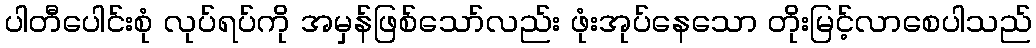
ပါတီပေါင်းစုံ လုပ်ရပ်ကို အမှန်ဖြစ်သော်လည်း ဖုံးအုပ်နေသော တိုးမြင့်လာစေပါသည်